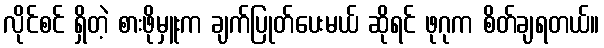
လိုင်စင် ရှိတဲ့ စားဖိုမှူးက ချက်ပြုတ်ပေးမယ် ဆိုရင် ဖုဂုက စိတ်ချရတယ်။